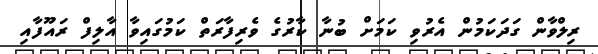
ރިލްވާން ގަދަކަމުން އެރުވި ކަމަށް ބުނާ ކާރުގެ ވެރިފާރަތް ކަމުގައިވާ އާލިފް ރައޫފާއި